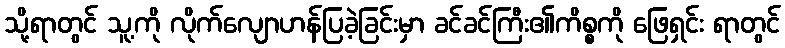
သို့ရာတွင် သူ့ကို လိုက်လျောဟန်ပြခဲ့ခြင်းမှာ ခင်ခင်ကြီး၏ကိစ္စကို ဖြေရှင်း ရာတွင်